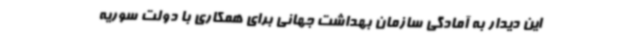
این دیدار به آمادگی سازمان بهداشت جهانی برای همکاری با دولت سوریه